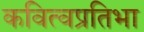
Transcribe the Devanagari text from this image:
कवित्वप्रतिभा